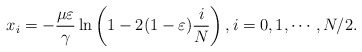
\begin{align*} x_i= -\frac{\mu\varepsilon}{\gamma}\ln\left(1-2(1-\varepsilon)\frac{i}{N}\right),i=0,1,\cdots, N/2.\end{align*}